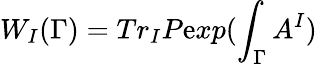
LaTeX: W_{I}(\Gamma)=Tr_{I}P\mathrm{e}xp(\int_{\Gamma}A^{I})